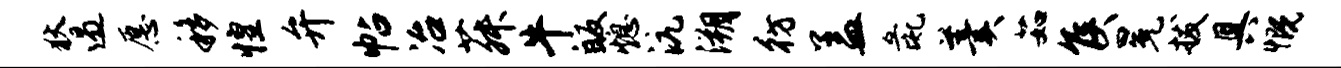
狄遏愿移惶弁帖冶菽牛皈熄沆溯彷盖彘羹茹侯冕拔具慨